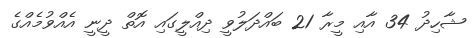
ޝާހިދު 34 އާއި މީރާ 21 ބައްދަލުވީ ދިއްލީގައި އޮތް ދީީނީ އެއްވުމެއްގެ